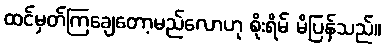
ထင်မှတ်ကြချေတော့မည်လောဟု စိုးရိမ် မိပြန်သည်။